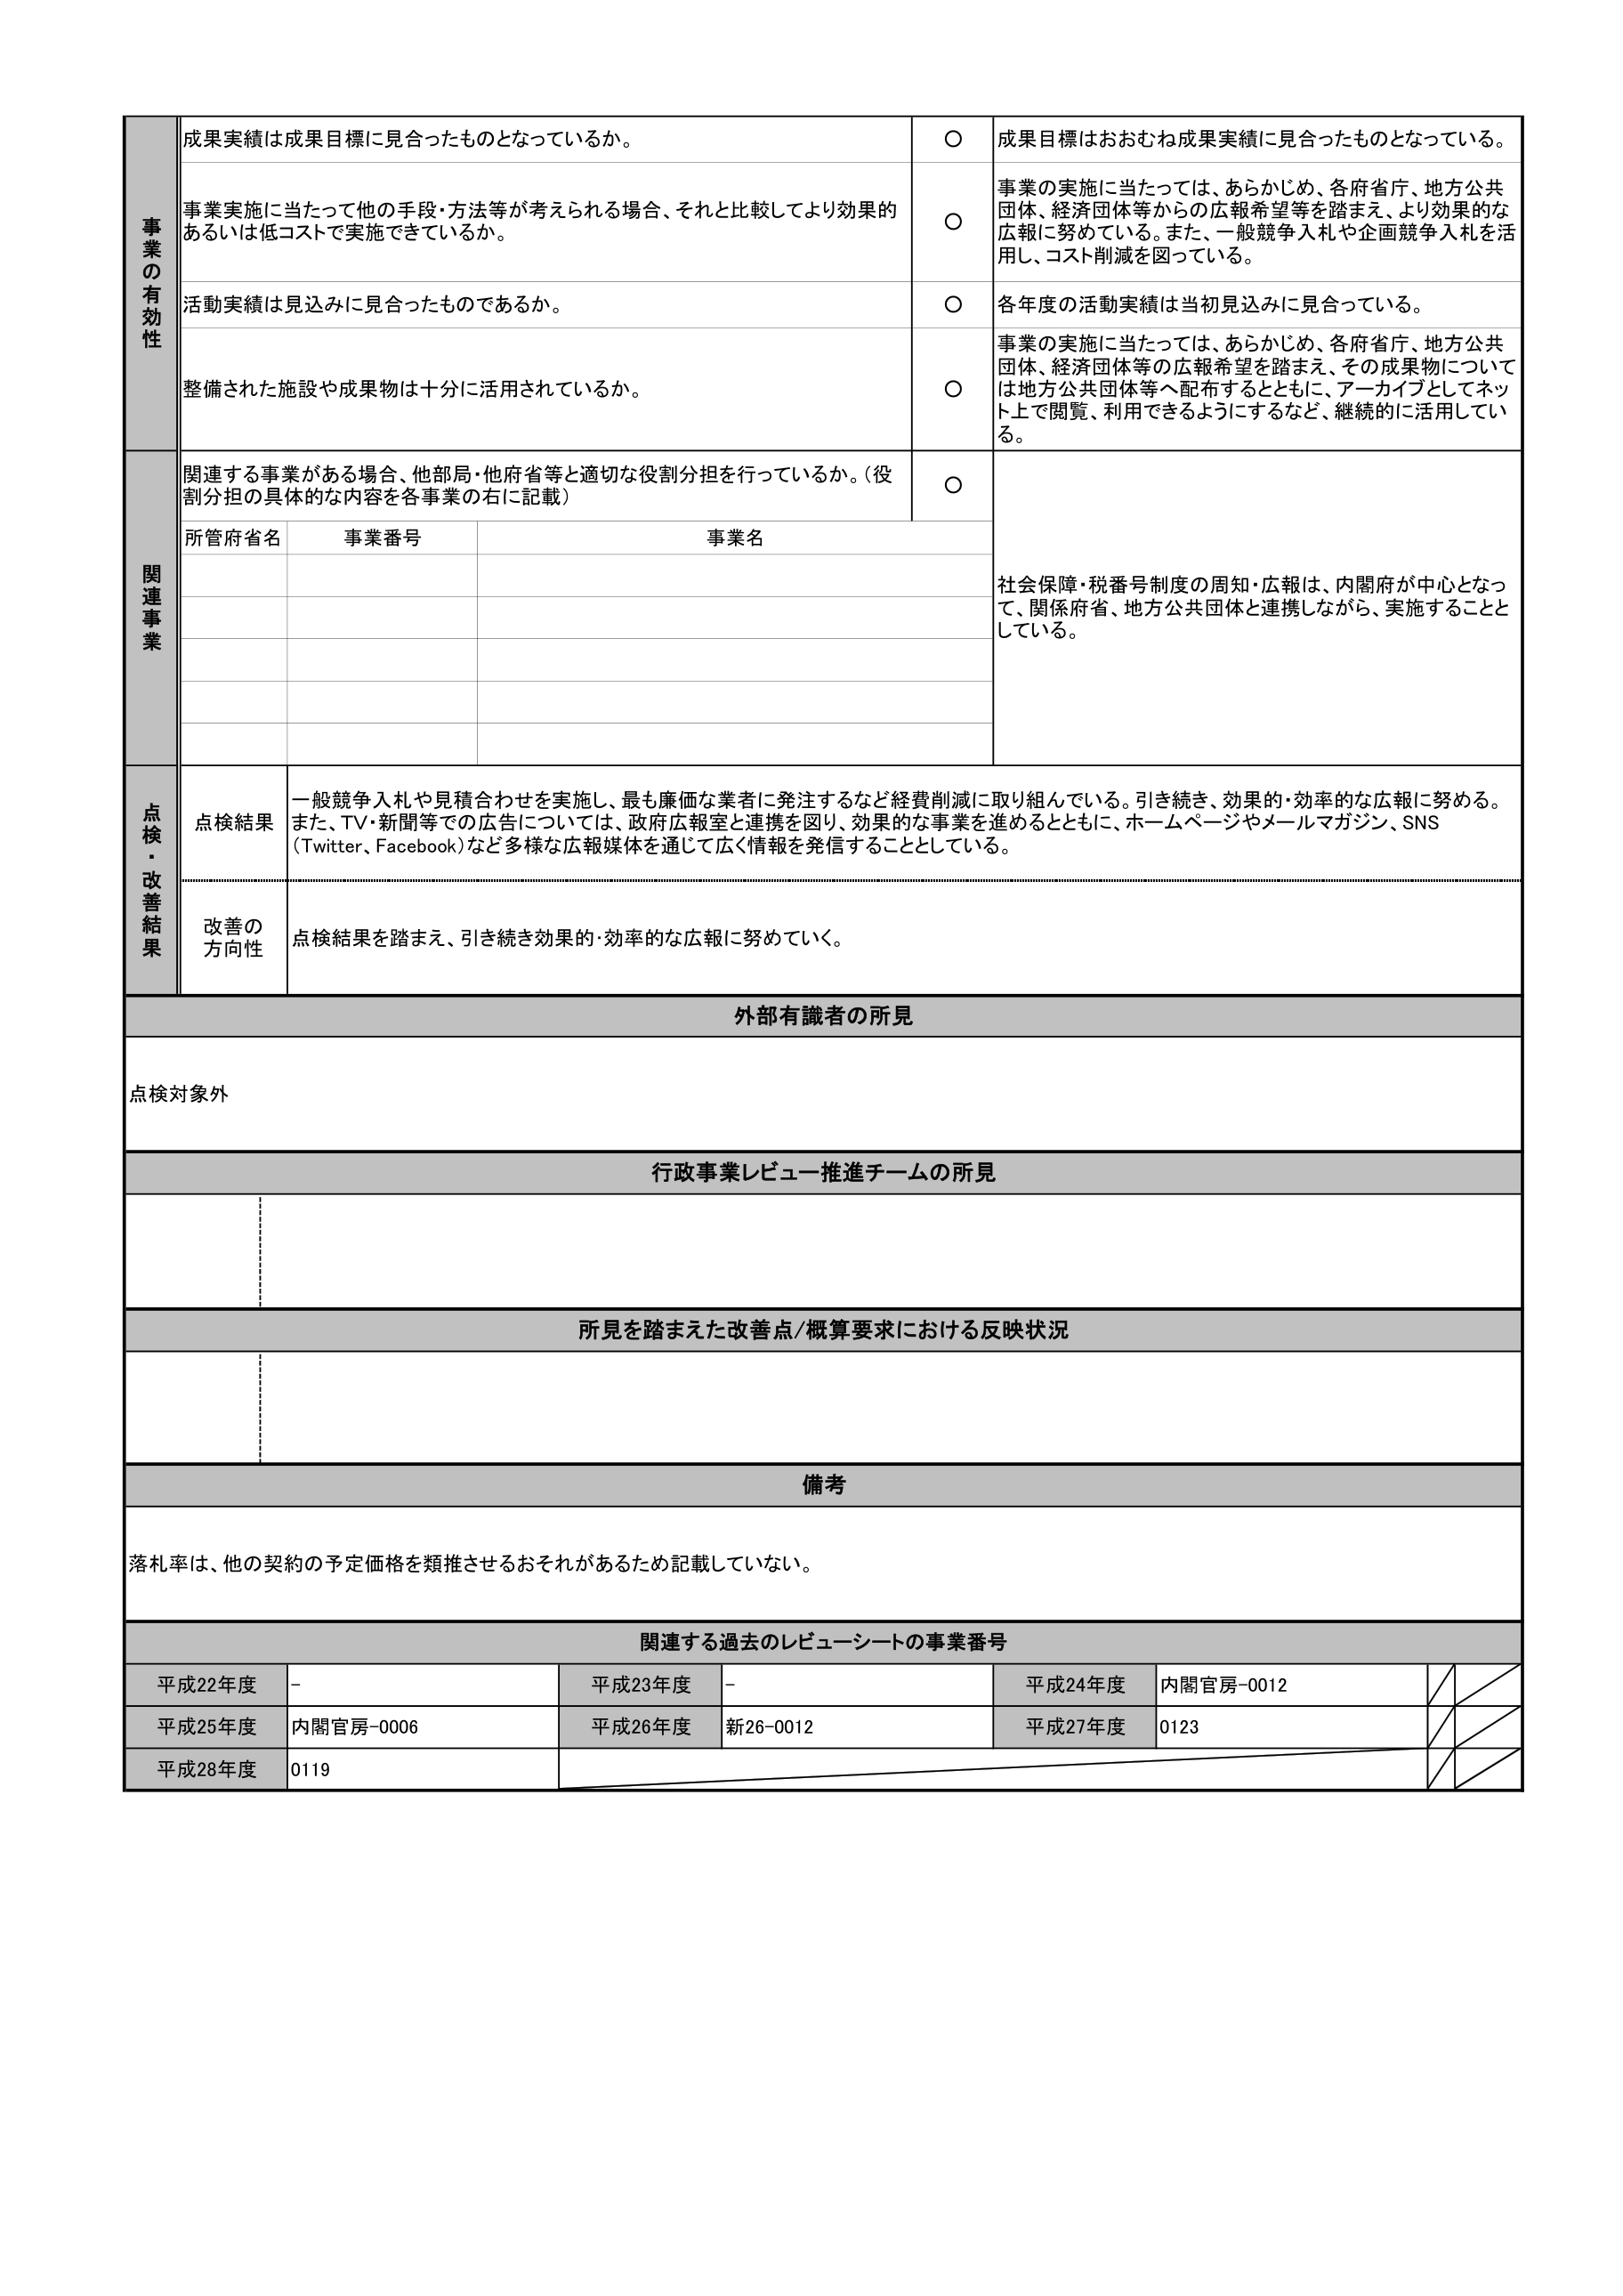
事業の有効性
成果実績は成果目標に見合ったものとなっているか。
〇
成果目標はおおむね成果実績に見合ったものとなっている。
事業実施に当たって他の手段・方法等が考えられる場合、それと比較してより効果的あるいは低コストで実施できているか。
〇
事業の実施に当たっては、あらかじめ、各府省庁、地方公共団体、経済団体等からの広報希望等を踏まえ、より効果的な広報に努めている。また、一般競争入札や企画競争入札を活用し、コスト削減を図っている。
活動実績は見込みに見合ったものであるか。
〇
各年度の活動実績は当初見込みに見合っている。
整備された施設や成果物は十分に活用されているか。
〇
事業の実施に当たっては、あらかじめ、各府省庁、地方公共団体、経済団体等の広報希望を踏まえ、その成果物については地方公共団体等へ配布するとともに、アーカイブとしてネット上で閲覧、利用できるようにするなど、継続的に活用している。
関連事業
関連する事業がある場合、他部局・他府省等と適切な役割分担を行っているか。（役割分担の具体的な内容を各事業の右に記載）
〇
所管府省名
事業番号
事業名
社会保障・税番号制度の周知・広報は、内閣府が中心となって、関係府省、地方公共団体と連携しながら、実施することとしている。
点検・改善結果
点検結果
一般競争入札や見積合わせを実施し、最も廉価な業者に発注するなど経費削減に取り組んでいる。引き続き、効果的・効率的な広報に努める。また、TV・新聞等での広告については、政府広報室と連携を図り、効果的な事業を進めるとともに、ホームページやメールマガジン、SNS（Twitter、Facebook）など多様な広報媒体を通じて広く情報を発信することとしている。
改善の方向性
点検結果を踏まえ、引き続き効果的・効率的な広報に努めていく。
外部有識者の所見
点検対象外
行政事業レビュー推進チームの所見
所見を踏まえた改善点/概算要求における反映状況
備考
落札率は、他の契約の予定価格を類推させるおそれがあるため記載していない。
関連する過去のレビューシートの事業番号
平成22年度
-
平成23年度
-
平成24年度
内閣官房-0012
平成25年度
内閣官房-0006
平成26年度
新26-0012
平成27年度
0123
平成28年度
0119